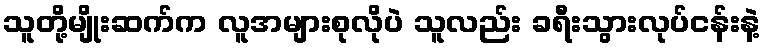
သူတို့မျိုးဆက်က လူအများစုလိုပဲ သူလည်း ခရီးသွားလုပ်ငန်းနဲ့